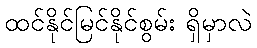
ထင်နိုင်မြင်နိုင်စွမ်း ရှိမှာလဲ